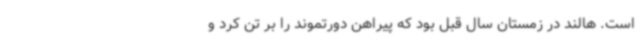
است. هالند در زمستان سال قبل بود که پیراهن دورتموند را بر تن کرد و